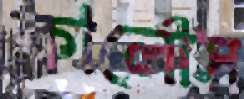
কার্লোস